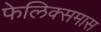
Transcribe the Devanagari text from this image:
फेलिक्समास